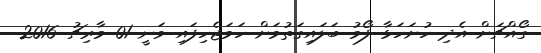
ގޯއްޗަށް އެދި ހުށަހަޅާ ފޯމު ބަލައިގަތުމަށް ހަމަޖެހިފައި ވަނީ 01 މާރިޗު 2016